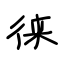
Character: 徕